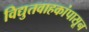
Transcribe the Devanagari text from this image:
विद्युतवाहकांपासून